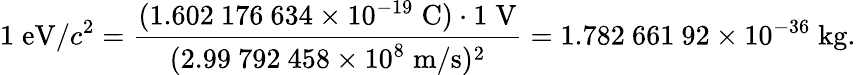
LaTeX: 1\; {\mathrm{eV}}/c^{2}={\frac{(1.602\ 176\ 634\times 10^{-19}\; {\mathrm{C}})\cdot 1\; {\mathrm{V}}}{(2.99\ 792\ 458\times 10^{8}\; {\mathrm{m}}/{\mathrm{s}})^{2}}}=1.782\ 661\ 92\times 10^{-36}\; {\mathrm{kg}}.